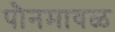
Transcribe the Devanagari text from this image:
पौनमावळ